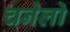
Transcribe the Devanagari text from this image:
चनेलो